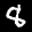
Label: 8